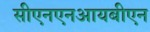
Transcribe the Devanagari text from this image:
सीएनएनआयबीएन